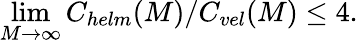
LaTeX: \operatorname*{lim}_{M\rightarrow\infty}C_{helm}(M)/C_{vel}(M)\leq 4.